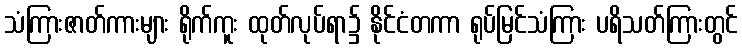
သံကြားဇာတ်ကားများ ရိုက်ကူး ထုတ်လုပ်ရာ၌ နိုင်ငံတကာ ရုပ်မြင်သံကြား ပရိသတ်ကြားတွင်